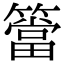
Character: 簹